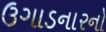
ઉગાડનારનો